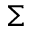
\Sigma